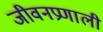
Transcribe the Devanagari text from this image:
जीवनप्रणाली